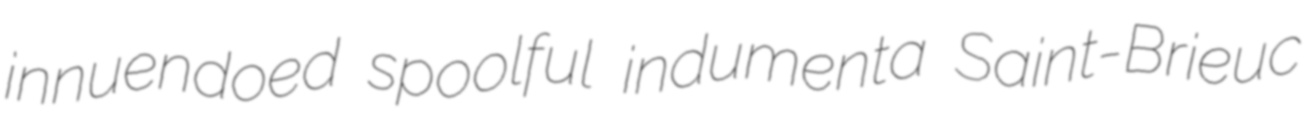
innuendoed spoolful indumenta Saint-Brieuc